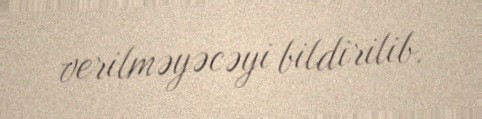
verilməyəcəyi bildirilib.